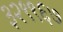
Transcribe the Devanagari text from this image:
३२९९६७